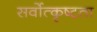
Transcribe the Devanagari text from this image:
सर्वोत्कृष्टता